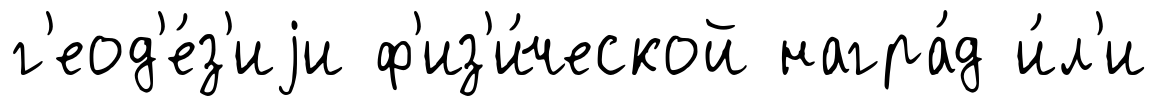
г'еод'е́з'иjи ф'из'и́ческой награ́д и́л'и